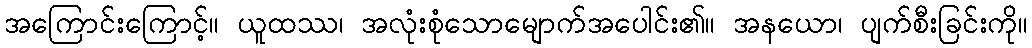
အကြောင်းကြောင့်။ ယူထဿ၊ အလုံးစုံသောမျောက်အပေါင်း၏။ အနယော၊ ပျက်စီးခြင်းကို။